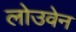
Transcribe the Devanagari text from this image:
लोउवेन